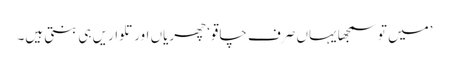
’میں تو سمجھا یہاں صرف چاقو‘ چھریاں اور تلواریں ہی بنتی ہیں۔